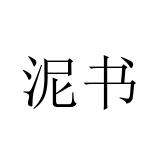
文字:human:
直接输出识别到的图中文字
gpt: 泥书